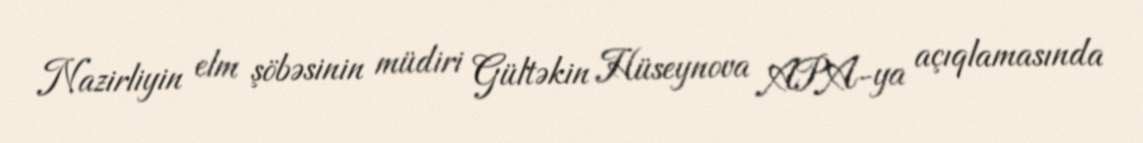
Nazirliyin elm şöbəsinin müdiri Gültəkin Hüseynova APA-ya açıqlamasında